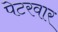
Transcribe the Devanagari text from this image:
पेटरवार